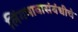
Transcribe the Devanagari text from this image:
लिंगभावासंबंधीचे